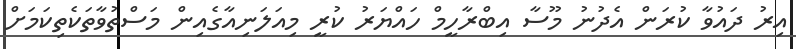
އިރު ދައުވާ ކުރަން އެދުނު މޫސާ އިބްރާހީމް ހައްޔަރު ކުރީ މިއަލަނިއާގެއިން މަސްތުވާތަކެތިކަމަށް